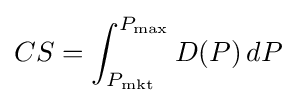
CS=\int _{P_{\mathrm {mkt} }}^{P_{\max }}D(P)\,dP